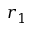
r _ { 1 }